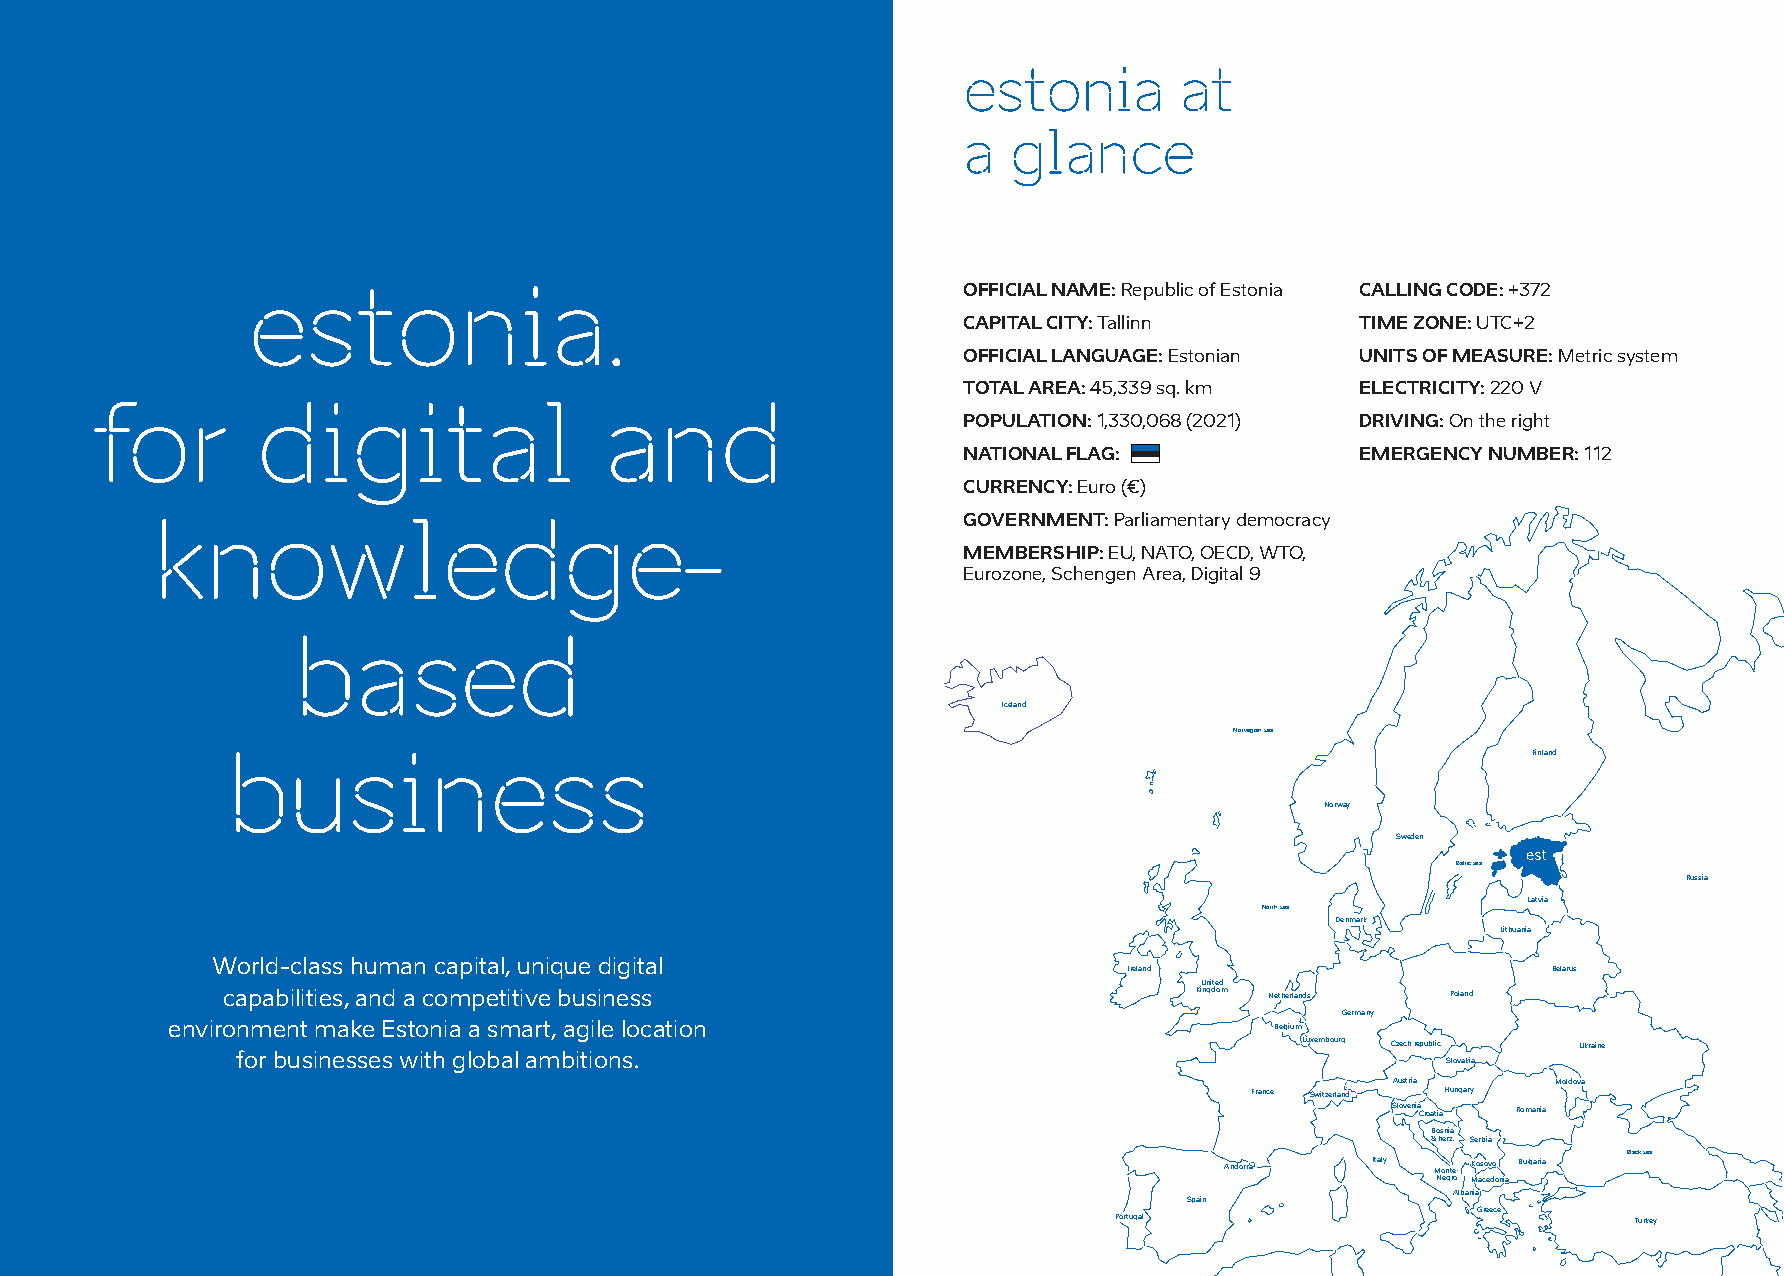
estonia       at
 a  glance
 estonia.                                        OFFICIALNAME:Republicof Estonia CALLINGCODE:+372
 CAPITALCITY:Tallinn       TIME ZONE:UTC+2
 OFFICIALLANGUAGE:Estonian UNITSOFMEASURE:Metricsystem
 TOTALAREA:45,339sq.km     ELECTRICITY:220V
 for        digital                and
 POPULATION:1,330,068 (2021) DRIVING:On theright
 NATIONALFLAG:             EMERGENCY NUMBER:112
 CURRENCY:Euro (€)
 GOVERNMENT:Parliamentary democracy
 knowledge-
 MEMBERSHIP:EU,NATO, OECD,WTO,
 Eurozone, Schengen Area,Digital9
 based
 Iceland
 Norvegian sea
 business                                                                              Finland
 Norway
 Sweden
 Baltic sea
 Russia
 Latvia
 North sea
 Denmark
 Lithuania
 World-class human capital, unique digital
 Ireland                     Belarus
 United
 capabilities, and a competitive business                        Kingdom Netherlands Poland
 Germany
 environment make Estonia a smart, agile location                         Belgium
 Luxembourg Czech republic Ukraine
 for businesses with global ambitions.                                           Slovakia
 Austria    Moldova
 France Switzerland Hungary
 Slovenia Croatia Romania
 Bosnia
 & herz. Serbia
 Black sea
 Andorra   Italy Monte- Kosovo Bulgaria
 Negro Macedonia
 Spain            Albania
 Greece
 Portugal                          Turkey
 Malta
 Cyprus